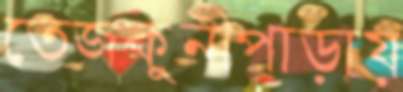
তেজকুনীপাড়ায়